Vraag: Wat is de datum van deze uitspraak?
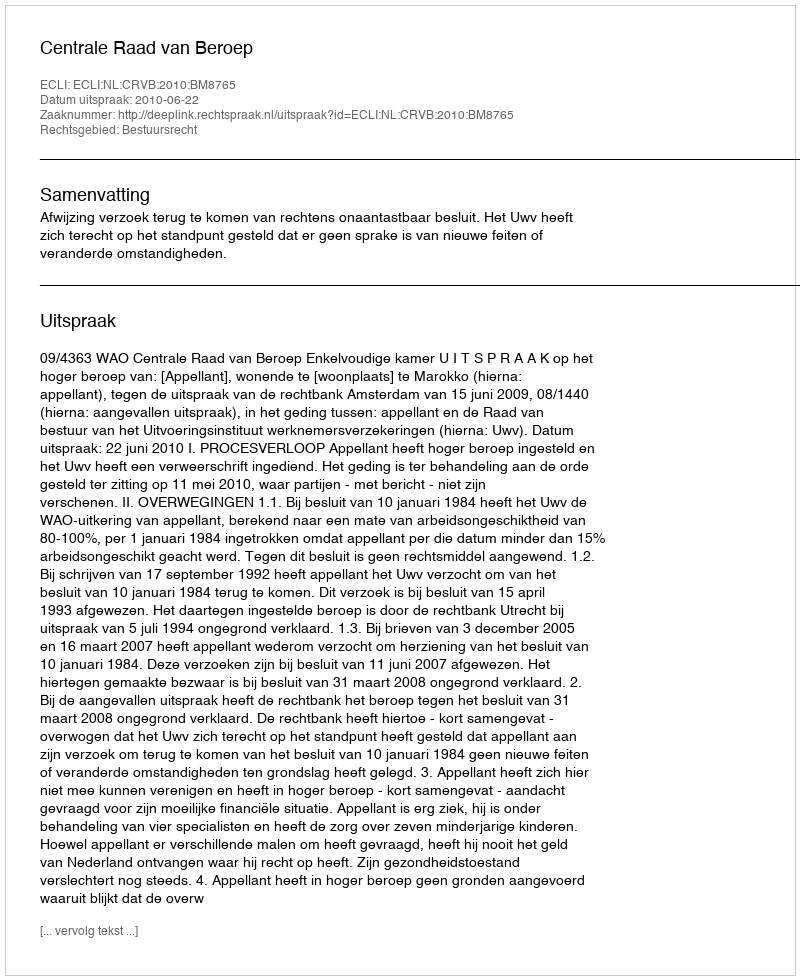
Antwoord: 2010-06-22